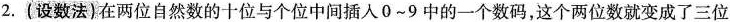
2.(设数法)在两位自然数的十位与个位中间插入0\sim 9中的一个数码，这个两位数就变成了三位